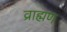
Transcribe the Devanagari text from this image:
व्राह्मण